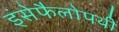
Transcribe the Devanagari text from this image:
इंसेफैलोपथी